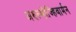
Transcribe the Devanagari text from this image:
अरुल्मोज्हिवार्मन